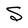
Character: S